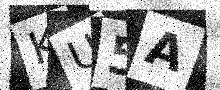
Text: KU5A